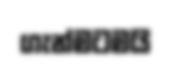
ගැන්මටමයි